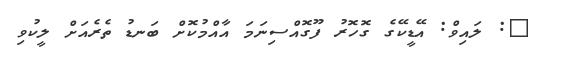
@: ލައިވް: އޭޑީކޭގެ ގޮހޮރު ފޫގޮއްސިނަމަ އާއްމުކޮށް ބަނޑު ތެރެއަށް ލީކުވި